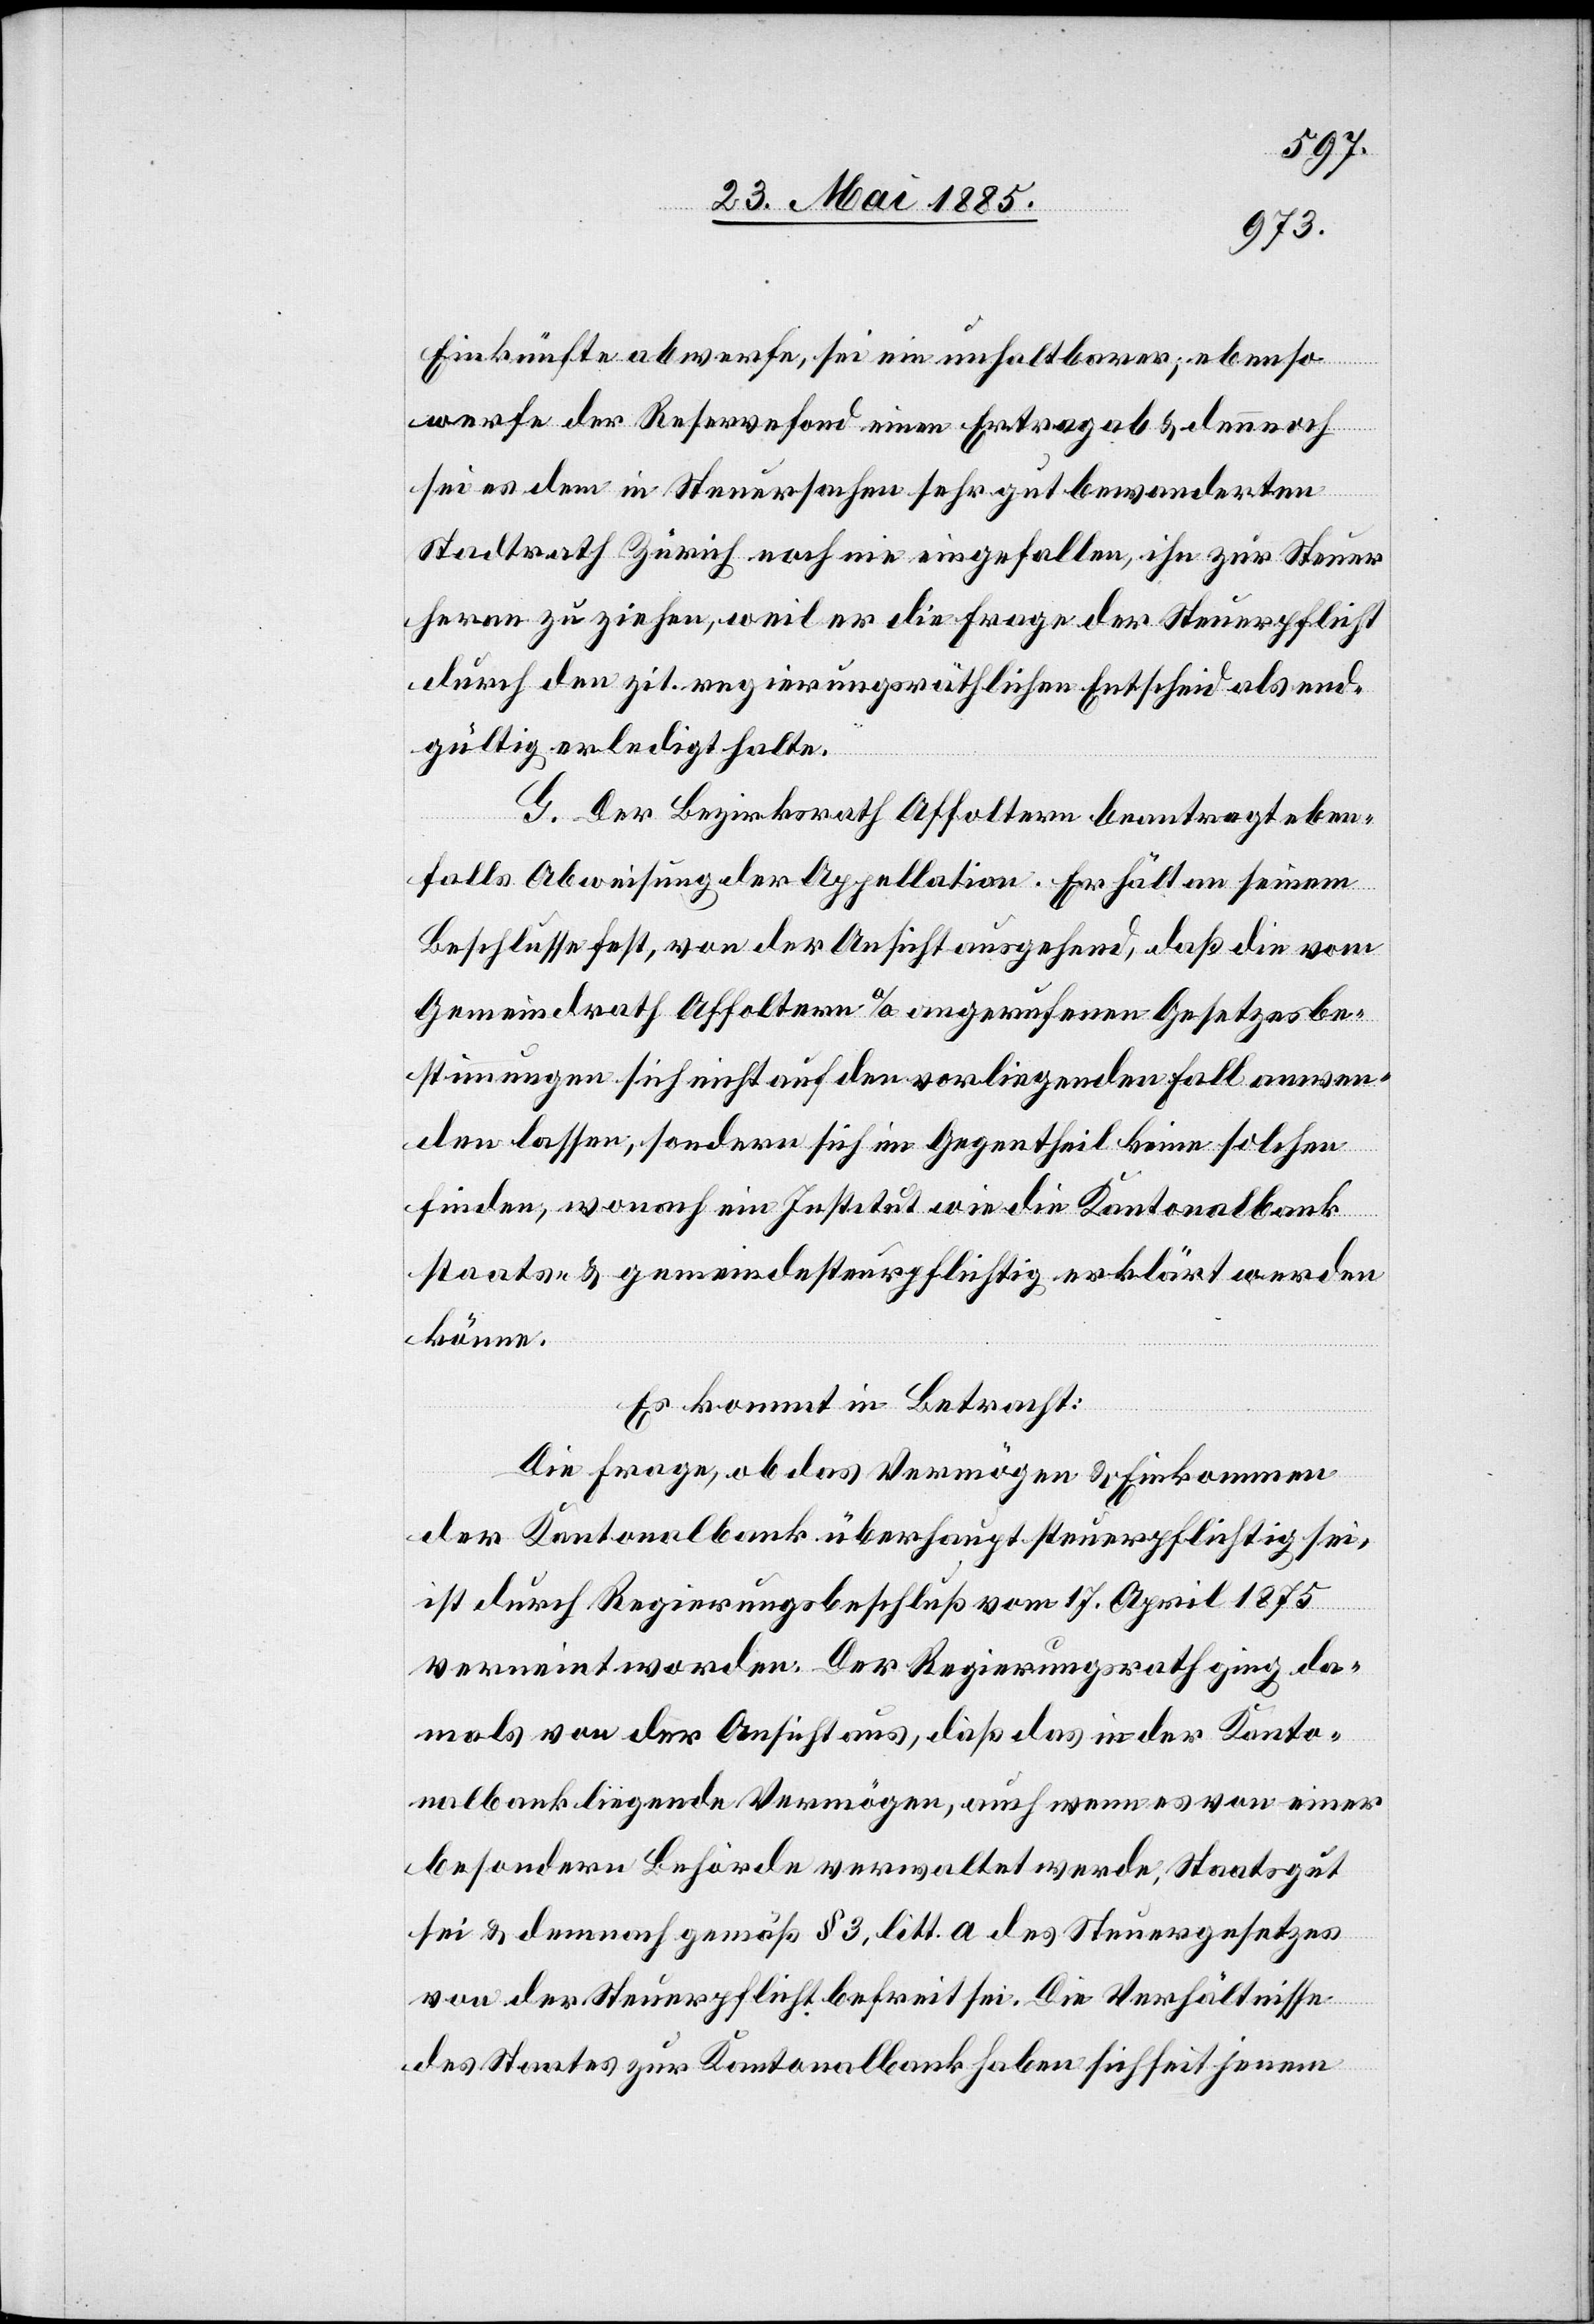
Einkünfte abwerfe, sei ein unhaltbarer, ebenso
werfe der Reservefond einen Ertrag ab & dennoch
sei es dem in Steuersachen sehr gut bewanderten
Stadtrath Zürich noch nie eingefallen, ihn zur Steuer
heran zu ziehen, weil er die Frage der Steuerpflicht
durch den zit. regierungsräthlichen Entscheid als un¬
gültig erledigt halte.
G. Der Bezirksrath Affoltern beantragt eben¬
falls Abweisung der Appellation. Er hält an seinem
Beschlusse fest, von der Ansicht ausgehend, daß die vom
Gemeindrath Affoltern a/A angerufenen Gesetzesbe¬
stimmungen sich nicht auf den vorliegenden Fall anwen¬
den lassen, sondern sich im Gegentheil keine solchen
finden, wonach ein Institut wie die Kantonalbank
staats- & gemeindesteuerpflichtig erklärt werden
könne.
Es kommt in Betracht:
Die Frage, ob das Vermögen & Einkommen
der Kantonalbank überhaupt steuerpflichtig sei,
ist durch Regierungsbeschluß vom 17. April 1875
verneint worden. Der Regierungsrath ging da¬
mals von der Ansicht aus, daß das in der Kanto¬
nalbank liegende Vermögen, auch wenn es von einer
besondern Behörde verwaltet werde, Staatsgut
sei & demnach gemäß § 3, litt. a des Steuergesetzes
von der Steuerpflicht befreit sei. Die Verhältnisse
des Staates zur Kantonalbank haben sich seit jenem